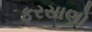
ફરસાણો